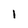
Character: 1